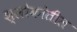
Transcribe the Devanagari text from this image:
श्लोकांतील